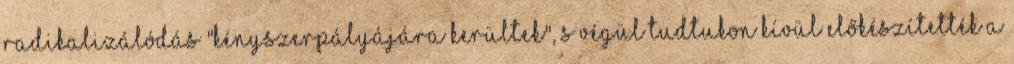
radikalizálódás "kényszerpályájára kerültek", s végül tudtukon kívül előkészítették a